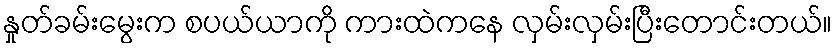
နှုတ်ခမ်းမွေးက စပယ်ယာကို ကားထဲကနေ လှမ်းလှမ်းပြီးတောင်းတယ်။